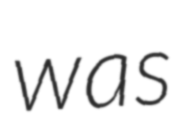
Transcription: was